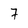
Character: 7